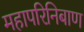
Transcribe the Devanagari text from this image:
महापरिनिबाण